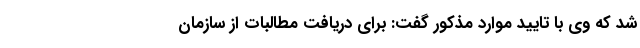
شد که وی با تایید موارد مذکور گفت: برای دریافت مطالبات از سازمان